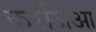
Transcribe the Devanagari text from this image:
करंजिआ